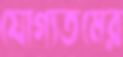
যোগ্যতমের